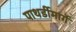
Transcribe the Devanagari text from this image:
पाथर्डीमार्गे